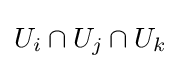
U_{i}\cap U_{j}\cap U_{k}